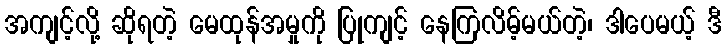
အကျင့်လို့ ဆိုရတဲ့ မေထုန်အမှုကို ပြုကျင့် နေကြလိမ့်မယ်တဲ့၊ ဒါပေမယ့် ဒီ